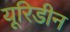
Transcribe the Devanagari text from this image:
यूरिडीन